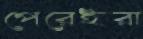
পেরেইরা